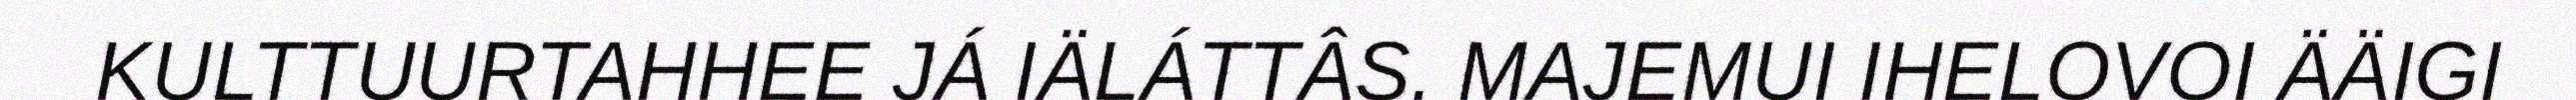
KULTTUURTAHHEE JÁ IÄLÁTTÂS. MAJEMUI IHELOVOI ÄÄIGI